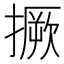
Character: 撅